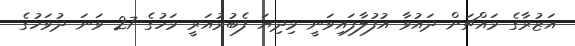
އަޒުރާގެ މައްޗަށް ދައުވާ އުފުލާފައިވަނީ މިދިޔަ ފެބުރުއަރީ މަހުގެ 27 ވަނަ ދުވަހުގެ